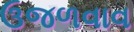
ઉજળવાવ